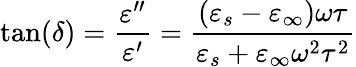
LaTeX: \tan(\delta)={\frac{\varepsilon^{\prime\prime}}{\varepsilon^{\prime}}}={\frac{\left(\varepsilon_{s}-\varepsilon_{\infty}\right)\omega\tau}{\varepsilon_{s}+\varepsilon_{\infty}\omega^{2}\tau^{2}}}